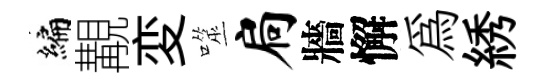
编覯変噬扃牆懈為綉